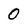
Character: 0